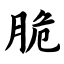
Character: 脆